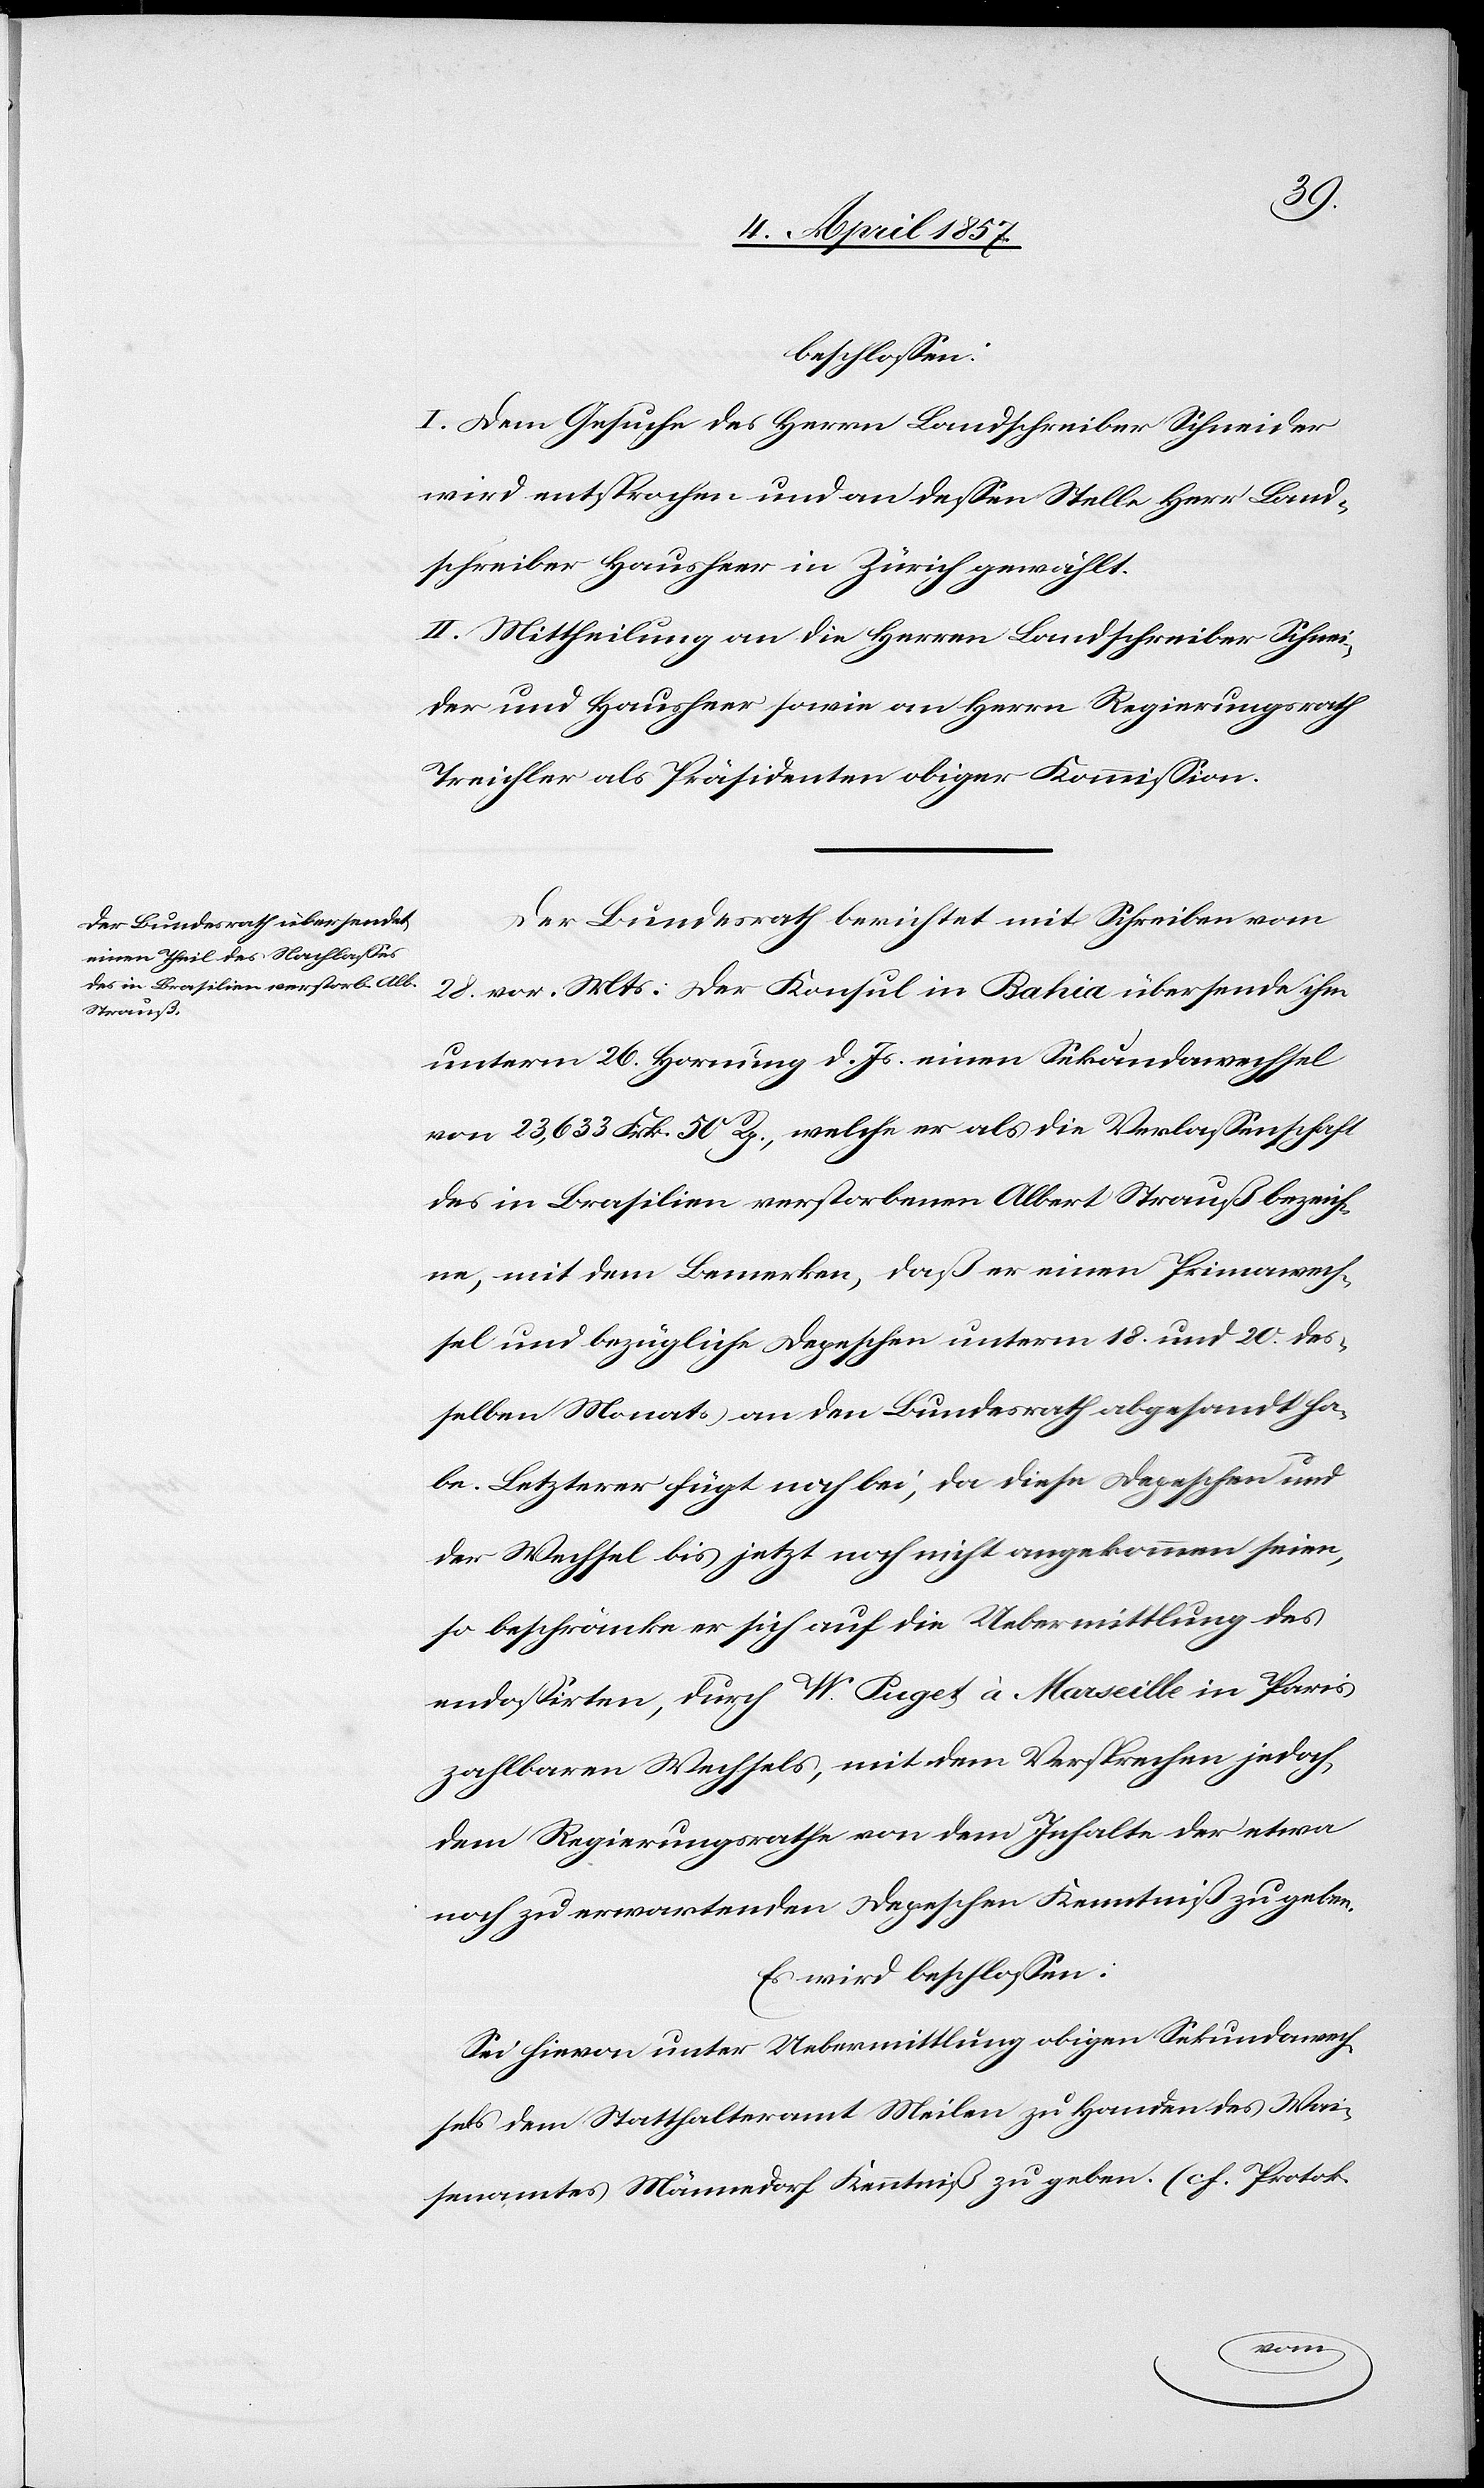
beschlossen:
I. Dem Gesuche des Herrn Landschreiber Schneider
wird entsprochen und an dessen Stelle Herr Land¬
schreiber Hausheer in Zürich gewählt.
II. Mittheilung an die Herren Landschreiber Schnei¬
der und Hausheer sowie an Herrn Regierungsrath
Treichler und Präsidenten obiger Kommission.
Der Bundesrath berichtet mit Schreiben vom
28. vor. Mts. der Konsul in Bahia übersende ihm
unterm 26. Hornung d. Js. einen Sekundawechsel
von 23,633 Frk. 50 Rp., welche er als die Verlassenschaft
des in Brasilien verstorbenen Altert Strauß bezeich¬
ne, mit dem Bemerken, daß er einen Primawech¬
sel und bezügliche Depesche unterm 18. und 20. des¬
selben Monats an den Bundesrath abgesandt ha¬
be. Letzterer fügt noch bei, da diese Depeschen und
der Wechsel bis jetzt noch nicht angekommen seien,
so beschränke er sich auf die Uebermittlung des
endossirten, durch W. Puget à Marseille in Paris
zahlbaren Wechsels, mit dem Versprechen jedoch,
dem Regierungsrathe von dem Inhalte der etwa
noch zu erwartenden Depeschen Kenntniß zu geben.
Es wird beschlossen:
Sei hievon unter Uebermittlung obigen Sekundawech¬
sels dem Statthalteramt Meilen zu Handen des Wai¬
senamtes Männedorf Kenntniß zu geben. (cf. Protok.